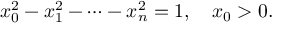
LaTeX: x _ { 0 } ^ { 2 } - x _ { 1 } ^ { 2 } - \cdots - x _ { n } ^ { 2 } = 1 , \quad x _ { 0 } > 0 .